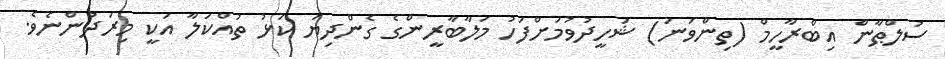
ސުލްޠާން އިބްރާހީމް (ތިންވަނަ) ޝަހީދުވުމަށްފަހު މަލާބާރީންގެ ގެންދިޔަ ކަޅު ތުއްކަލާ އަކީ މިރަދުންނެވެ.